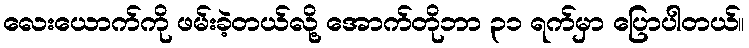
လေးယောက်ကို ဖမ်းခဲ့တယ်လို့ အောက်တိုဘာ ၃၁ ရက်မှာ ပြောပါတယ်။